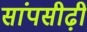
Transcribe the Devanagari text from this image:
सांपसीढ़ी